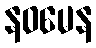
နဝမေန